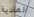
المادية